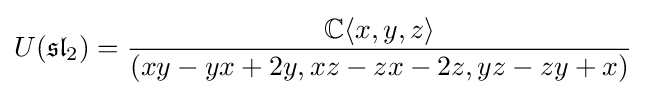
U({\mathfrak {sl}}_{2})={\frac {\mathbb {C} \langle x,y,z\rangle }{(xy-yx+2y,xz-zx-2z,yz-zy+x)}}